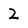
Character: 2